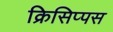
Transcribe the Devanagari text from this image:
क्रिसिप्पस